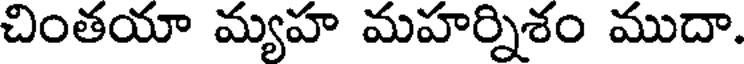
చింతయా మ్యహ మహర్నిశం ముదా.